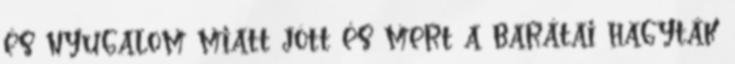
és nyugalom miatt jött és mert a barátai hagyták